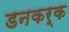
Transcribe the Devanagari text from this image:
डनकर्क